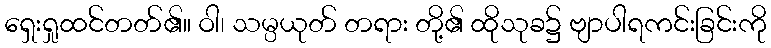
ရှေးရှုထင်တတ်၏။ ဝါ၊ သမ္ပယုတ် တရား တို့၏ ထိုသုခ၌ ဗျာပါရကင်းခြင်းကို